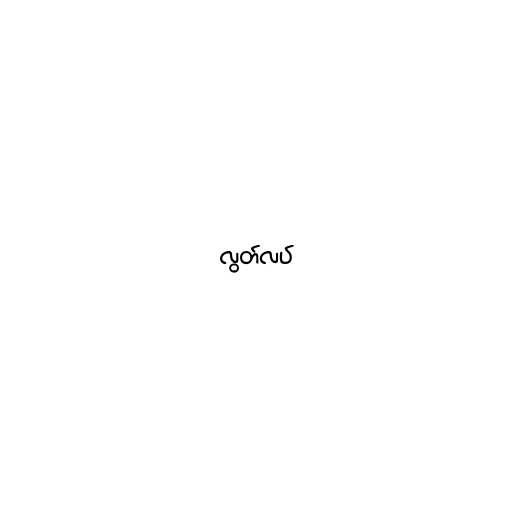
လွတ်လပ်